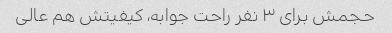
حجمش برای ۳ نفر راحت جوابه، کیفیتش هم عالی